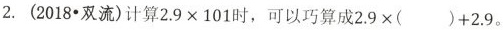
2.(2018·双流)计算$$2.9\times 101$$时，可以巧算成$$2.9\times ()+2.9$$.